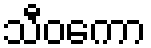
သီဝကော